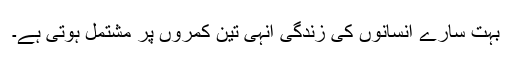
بہت سارے انسانوں کی زندگی انہی تین کمروں پر مشتمل ہوتی ہے۔